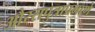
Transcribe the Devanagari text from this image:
औरसपुत्राप्रमाणे